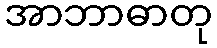
အာဘာဓာတု